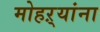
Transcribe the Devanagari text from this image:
मोहऱ्यांना